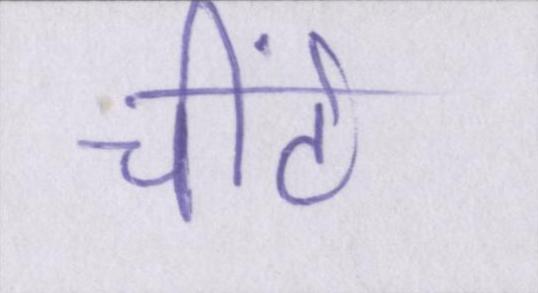
चींटे